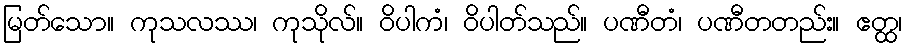
မြတ်သော။ ကုသလဿ၊ ကုသိုလ်။ ဝိပါကံ၊ ဝိပါတ်သည်။ ပဏီတံ၊ ပဏီတတည်း။ ဧတ္ထ၊